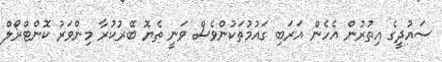
ސައުދީގެ އިތުރުން އެހެން އަރަބި ގައުމުތަކުންވެސް ވަނީ ތެޔޮ ބޭރުކުރާ މިންވަރު ކޮންޓްރޯލް